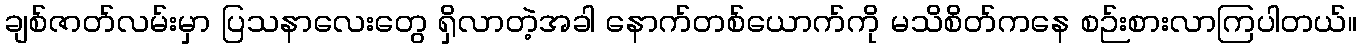
ချစ်ဇာတ်လမ်းမှာ ပြသနာလေးတွေ ရှိလာတဲ့အခါ နောက်တစ်ယောက်ကို မသိစိတ်ကနေ စဉ်းစားလာကြပါတယ်။